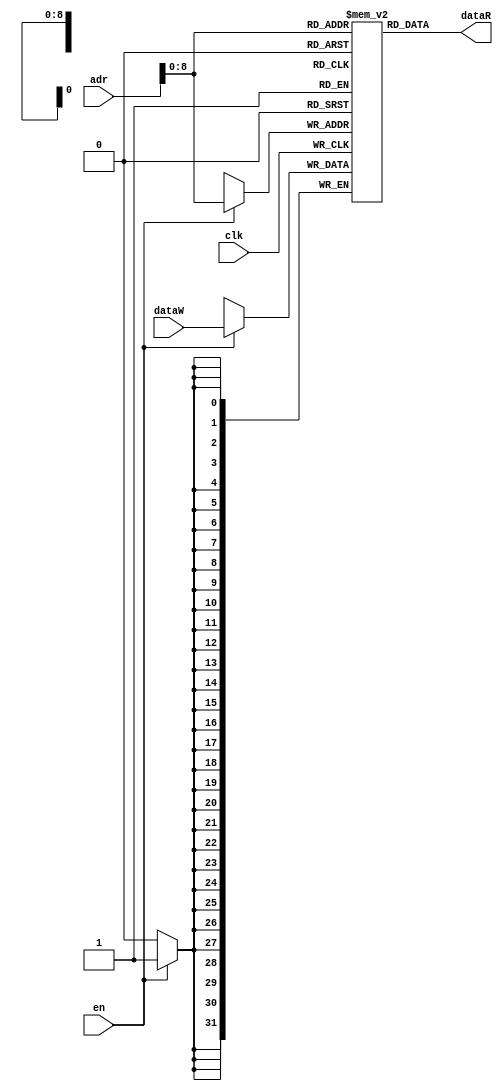
module datamem (
    input clk, en, 
    input [31:0] adr, dataW,
    output [31:0] dataR
);
    reg [31:0] dmem [0:511] ;

    always @(posedge clk) begin
        if(en)
            dmem[adr] = dataW;
    end

    assign  dataR = dmem[adr];

endmodule